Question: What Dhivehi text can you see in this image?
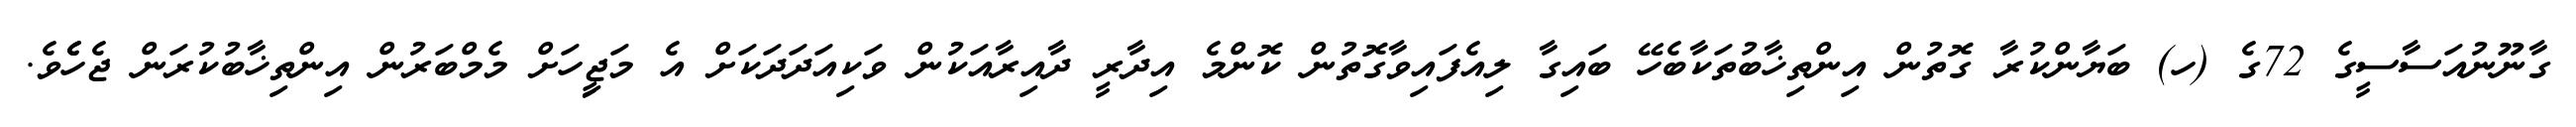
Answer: ގާނޫނުއަސާސީގެ 72ގެ (ހ) ބަޔާންކުރާ ގޮތުން އިންތިޚާބުތަކާބެހޭ ބައިގާ ލިއެފައިވާގޮތުން ކޮންމެ އިދާރީ ދާއިރާއަކުން ވަކިއަދަދަކަށް އެ މަޖިީހަށް މެމްބަރުން އިންތިޚާބުކުރަން ޖެހެެވެ.